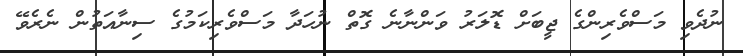
ނުދެވި މަސްވެރިންގެ ޖީބަށް ޑޮލަރު ވަންނާނެ ގޮތް ނުހަދާ މަސްވެރިކަމުގެ ސިނާއަތުން ނެރެވޭ